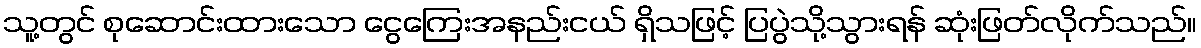
သူ့တွင် စုဆောင်းထားသော ငွေကြေးအနည်းငယ် ရှိသဖြင့် ပြပွဲသို့သွားရန် ဆုံးဖြတ်လိုက်သည်။